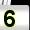
Digit: 5